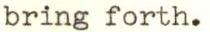
bring forth.